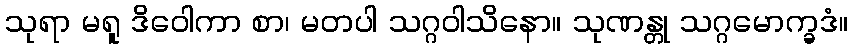
သုရာ မရူ ဒိဝေါကာ စာ၊ မတပါ သဂ္ဂဝါသိနော။ သုဏန္တု သဂ္ဂမောက္ခဒံ။